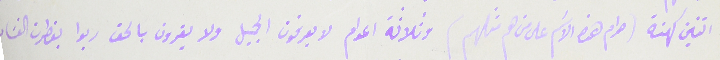
اثنين كهنة (حرام هذه الاسَم على من هم مثلهم) وثلاثة اعوام لا يعرفون الجميل ولا يقرون بالحق ربوا بفطرت الفسَاد